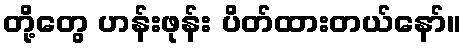
တို့တွေ ဟန်းဖုန်း ပိတ်ထားတယ်နော်။